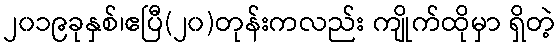
၂၀၁၉ခုနှစ်၊ဧပြီ(၂၀)တုန်းကလည်း ကျိုက်ထိုမှာ ရှိတဲ့